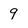
Character: 9